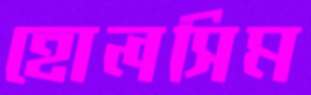
হোলসিম